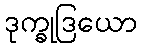
ဒုက္ခုဒြယော